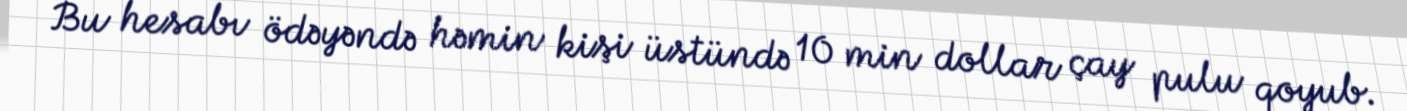
Bu hesabı ödəyəndə həmin kişi üstündə 10 min dollar çay pulu qoyub.